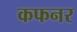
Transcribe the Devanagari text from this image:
कफनर